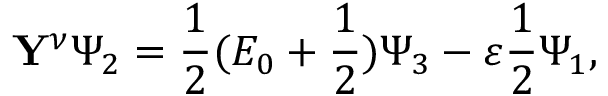
\mathbf { Y } ^ { \nu } \Psi _ { 2 } = \frac { 1 } { 2 } ( E _ { 0 } + \frac { 1 } { 2 } ) \Psi _ { 3 } - \varepsilon \frac { 1 } { 2 } \Psi _ { 1 } ,